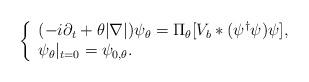
LaTeX: \begin{align*}\left\{\begin{array}{l}(-i\partial_t+\theta|\nabla|)\psi_\theta = \Pi_\theta[V_b*(\psi^\dagger\psi)\psi], \\\psi_\theta|_{t=0}=\psi_{0,\theta}.\end{array}\right.\end{align*}